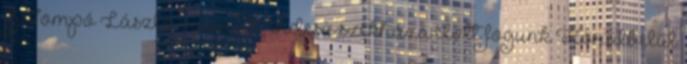
ifj.Tompó László írásai A Fidesz székháza előtt fogunk Körülbelül